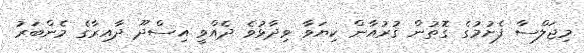
މިޖަލްސާ ފެށުމުގެ ގޮތުން ޤުރުއާން ކިޔަވާ ވިދާޅުވެ ދެއްވީ އިސްދޫ ދާއިރާގެ މެންބަރު